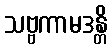
သဗ္ဗကာမဒန္တိ